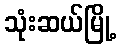
သုံးဆယ်မြို့